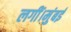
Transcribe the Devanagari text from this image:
लगीं।मुंबई